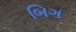
બિગ